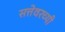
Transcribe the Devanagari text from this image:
सत्तेवरच्यी